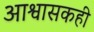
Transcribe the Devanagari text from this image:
आश्वासकही